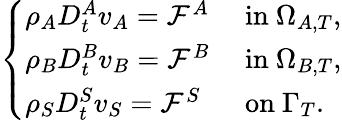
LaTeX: \left\{ \begin{array}{ll}{\rho_{A}D_{t}^{A}v_{A}=\mathcal{F}^{A}}&{\mathrm{~in~}\Omega_{A,T},}\\ {\rho_{B}D_{t}^{B}v_{B}=\mathcal{F}^{B}}&{\mathrm{~in~}\Omega_{B,T},}\\ {\rho_{S}D_{t}^{S}v_{S}=\mathcal{F}^{S}}&{\mathrm{~on~}\Gamma_{T}.}\end{array}\right.